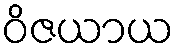
ဝိဇယာယ